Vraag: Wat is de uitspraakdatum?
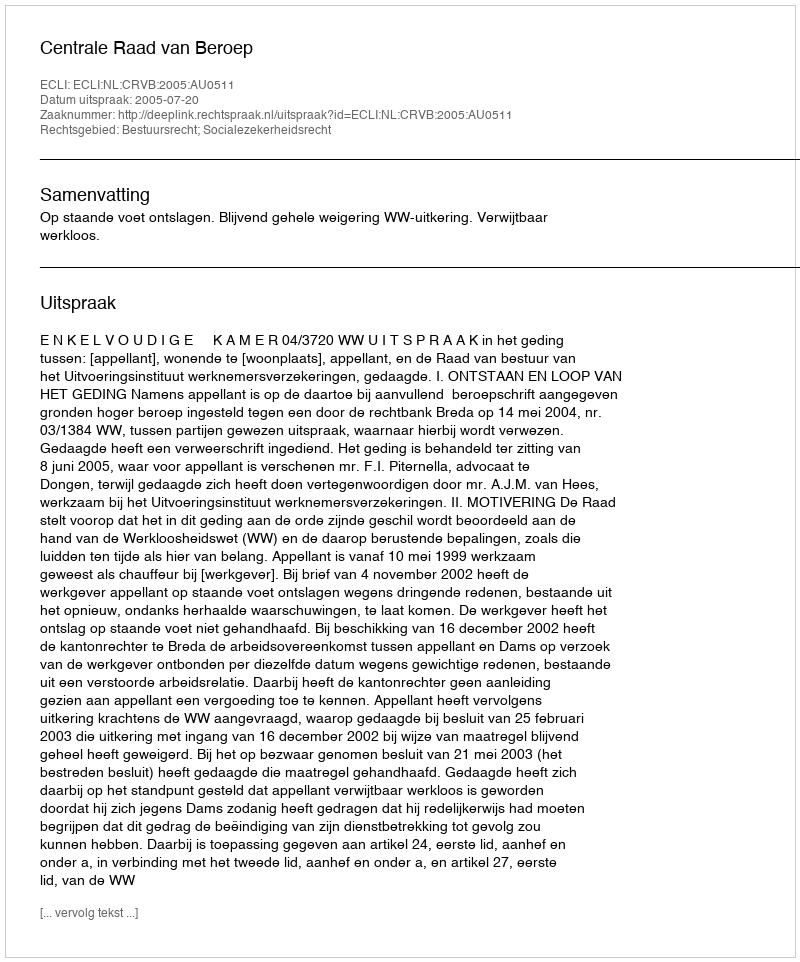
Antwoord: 2005-07-20